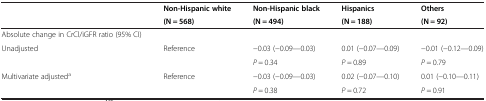
| <ROWSPAN=2>  | Non-Hispanic white | Non-Hispanic black | Hispanics | Others |
 | (N = 568) | (N = 494) | (N = 188) | (N = 92) |
 | --- | --- | --- | --- | --- |
 | Absolute change in CrCl/iGFR ratio (95% CI) |  |  |  |  |
 | <ROWSPAN=2> Unadjusted | <ROWSPAN=2> Reference | −0.03 (−0.09—0.03) | 0.01 (−0.07—0.09) | −0.01 (−0.12—0.09) |
 | P = 0.34 | P = 0.89 | P = 0.79 |
 | <ROWSPAN=2> Multivariate adjusteda | <ROWSPAN=2> Reference | −0.03 (−0.09—0.03) | 0.02 (−0.07—0.10) | 0.01 (−0.10—0.11) |
 | P = 0.38 | P = 0.72 | P = 0.91 |